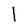
Character: l